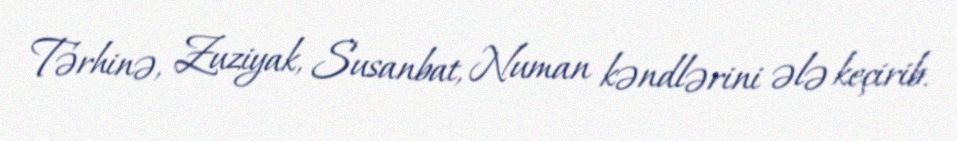
Tərhinə, Zuziyak, Susanbat, Numan kəndlərini ələ keçirib.